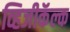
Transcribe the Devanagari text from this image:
व्हिजीकॅल्क